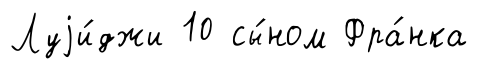
Луjи́джи 10 сы́ном Фра́нка